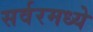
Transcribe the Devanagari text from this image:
सर्वरमध्ये